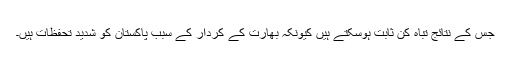
جس کے نتائج تباہ کن ثابت ہوسکتے ہیں کیونکہ بھارت کے کردار کے سبب پاکستان کو شدید تحفظات ہیں۔